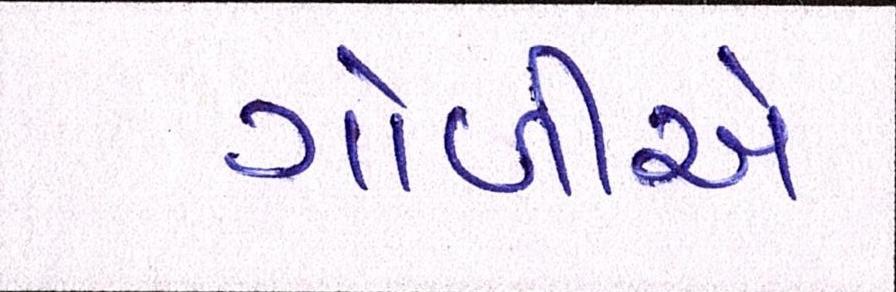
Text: ગોળીએ